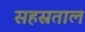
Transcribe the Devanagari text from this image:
सहस्रताल